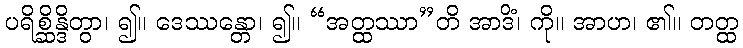
ပရိစ္ဆိန္ဒိတွာ၊ ၍။ ဒေဿန္တော၊ ၍။ “အတ္ထဿာ”တိ အာဒိံ၊ ကို။ အာဟ၊ ၏။ တတ္ထ